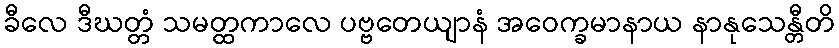
ခီလေ ဒီဃတ္တံ သမတ္ထကာလေ ပဗ္ဗတေယျာနံ အဝေက္ခမာနာယ နာနုသေန္တီတိ